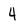
Character: 4